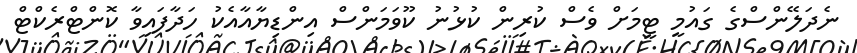
ނެދަލޭންސްގެ ގައުމީ ޓީމަށް ވެސް ކުރިން ކުޅުނު ކޫވަމަންސް އިންޑިޔާއާއެކު ހަދާފައިވާ ކޮންޓްރެކްޓް